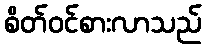
စိတ်ဝင်စားလာသည်